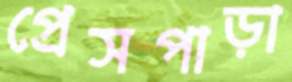
প্রেসপাড়া